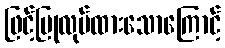
ဖြင့်ပြုလုပ်ထားသောကြောင့်